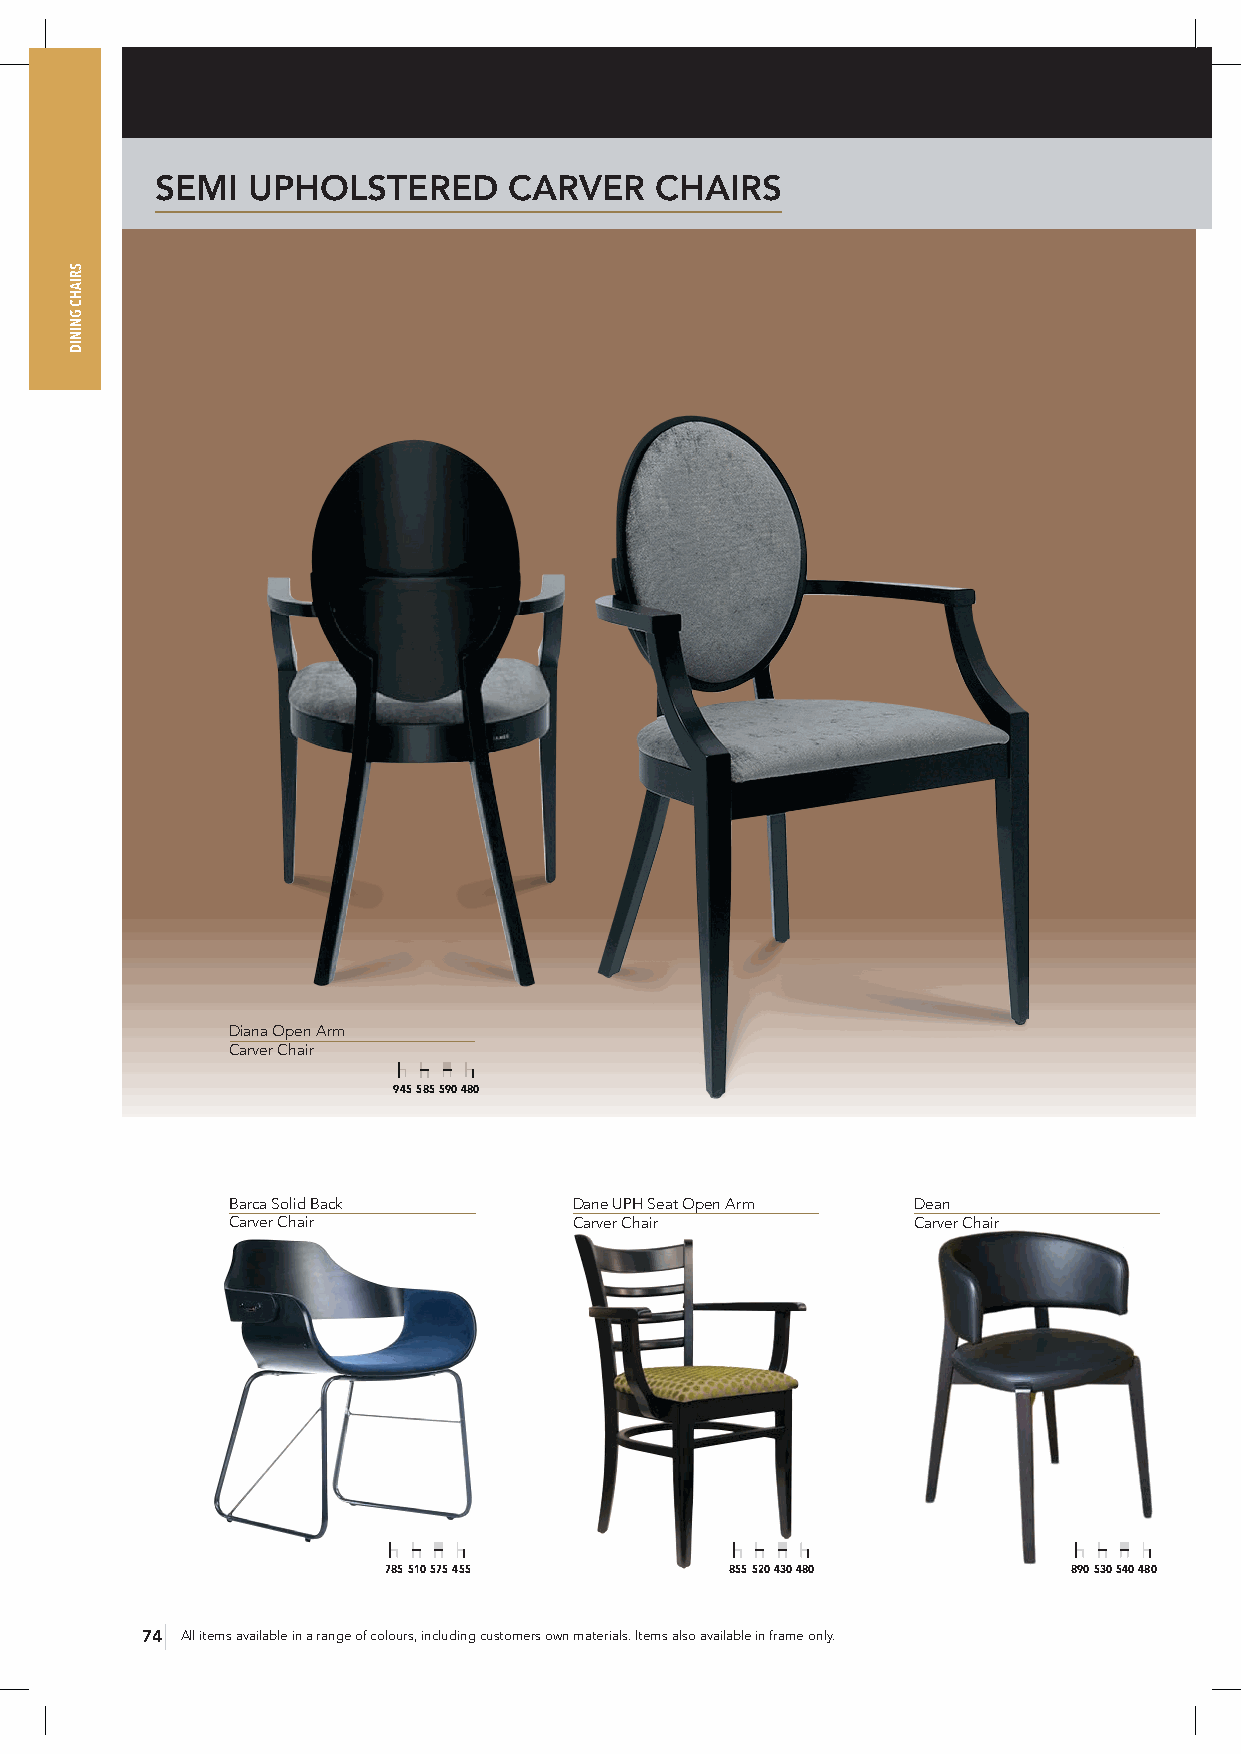
SEMI  UPHOLSTERED       CARVER   CHAIRS
 Diana Open Arm
 Carver Chair
 945 585 590 480
 Barca Solid Back       Dane UPH Seat Open Arm Dean
 Carver Chair           Carver Chair          Carver Chair
 785 510 575 455        855 520 430 480        890 530 540 480
 74 All items available in a range of colours, including customers own materials. Items also available in frame only.
 SRIAHC
 GNINID